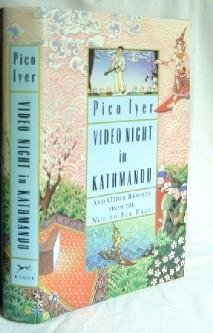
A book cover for Video Night in Kathmandu: And Other Reports from the Not-so-far East; Pico Iyer; Travel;